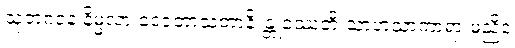
သုဘဂဝနံ နိမ္မလာ ဒေဝတာသတာနိ န္တုဿေတိ သာဟသာကာရာ မညိဒံ